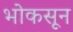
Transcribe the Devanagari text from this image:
भोकसून